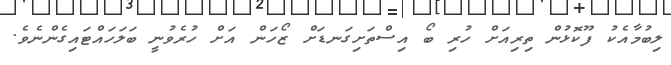
ލިބުމާއެކު ފޫކޮޅުން ތިރިއަށް ހުރި ބޯ އިސްތަށިގަނޑަށް ޒޯހަން އަށް ހުރެވުނީ ބަލަހައްޓައިގެންނެވެ.